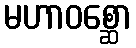
မဟာဝစ္ဆော